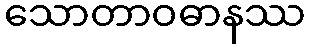
သောတာဝဓာနဿ